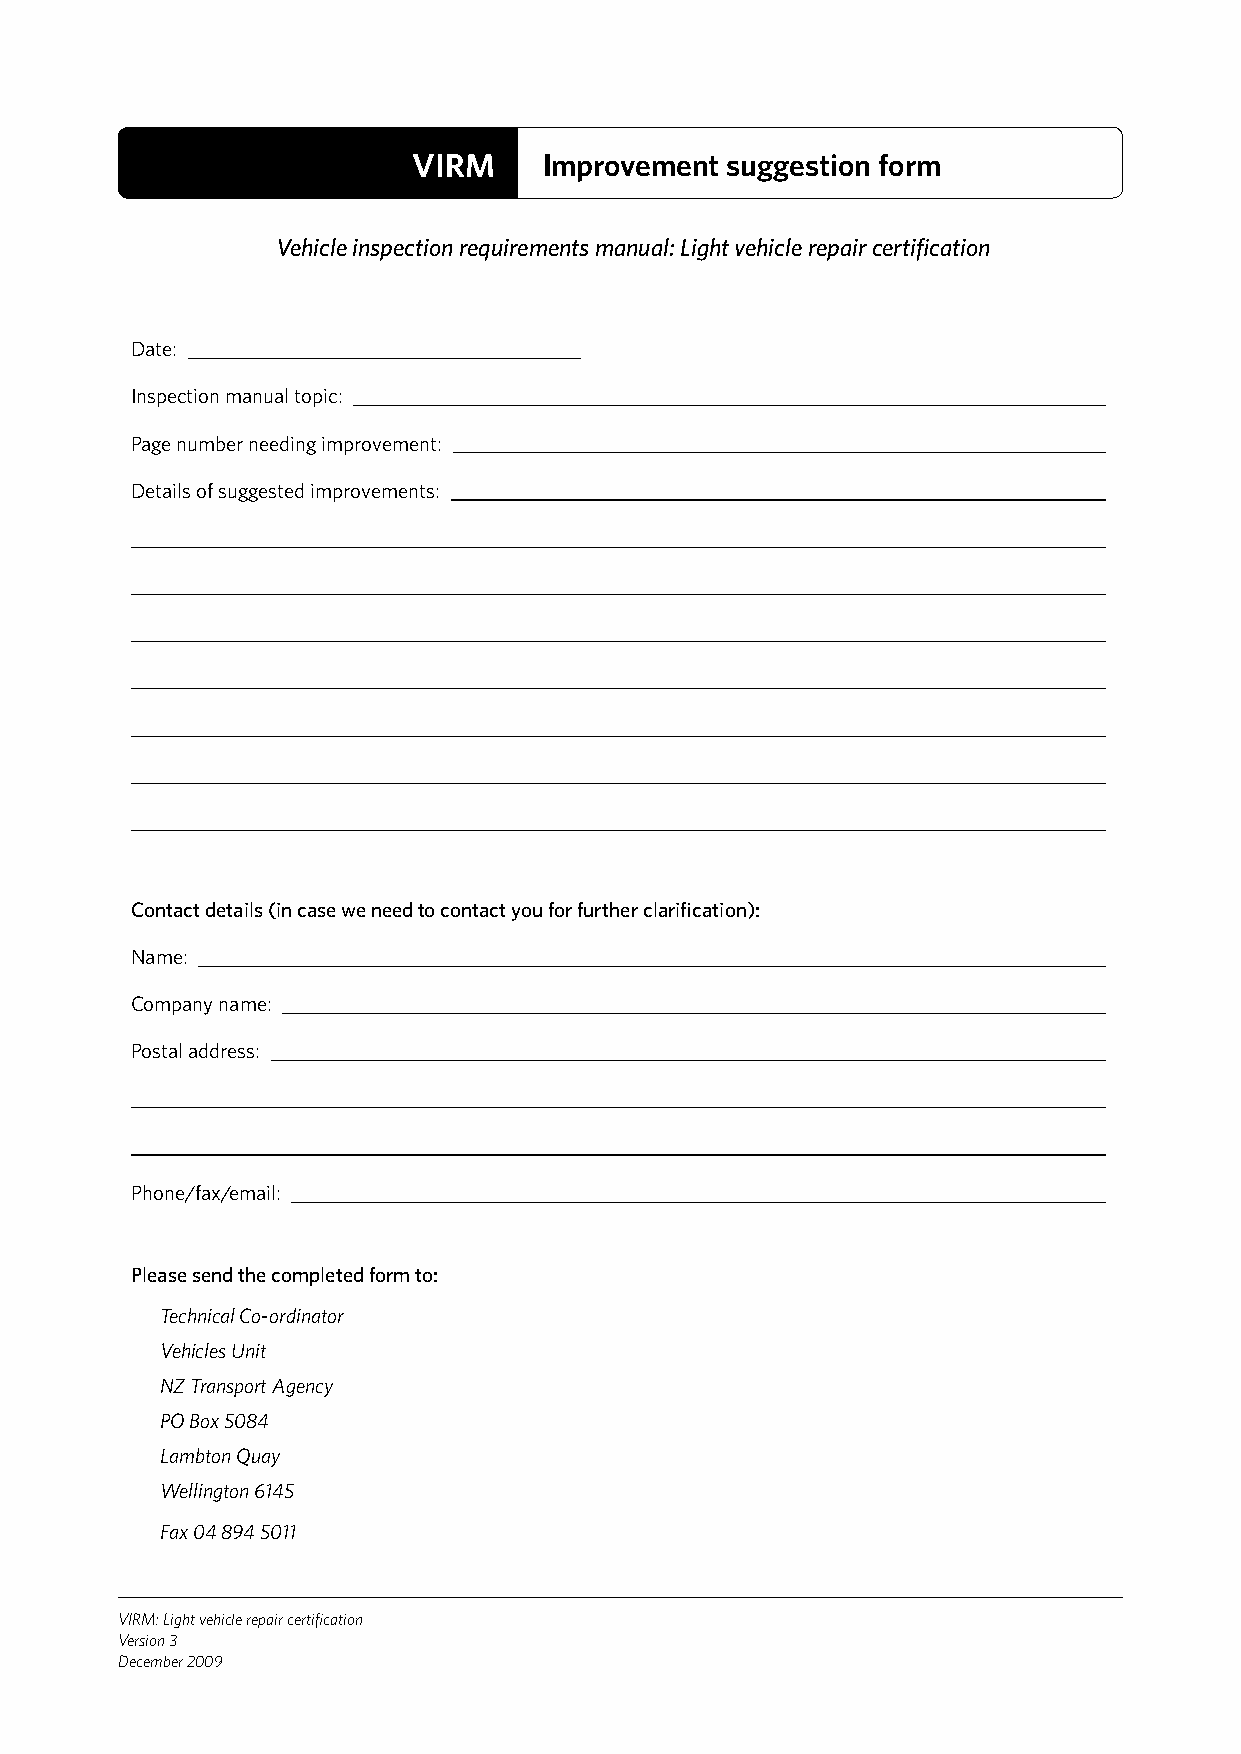
VIRM     Improvement suggestion form
 Vehicle inspection requirements manual: Light vehicle repair certification
 Date:
 Inspection manual topic:
 Page number needing improvement:
 Details of suggested improvements:
 Contact details (in case we need to contact you for further clarification):
 Name:
 Company name:
 Postal address:
 Phone/fax/email:
 Please send the completed form to:
 Technical Co-ordinator
 Vehicles Unit
 NZ Transport Agency
 PO Box 5084
 Lambton Quay
 Wellington 6145
 Fax 04 894 5011
 VIRM: Light vehicle repair certification
 Version 3
 December 2009